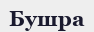
Бушра